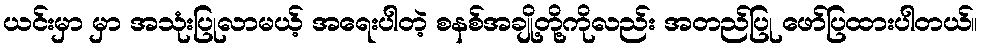
ယင်းမှာ မှာ အသုံးပြုလာမယ့် အရေးပါတဲ့ စနစ်အချို့တို့ကိုလည်း အတည်ပြု ဖော်ပြထားပါတယ်။